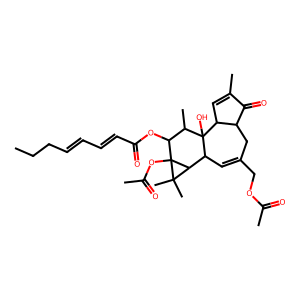
SMILES: CCCC=CC=CC(=O)OC1C(C)C2(O)C3C=C(C)C(=O)C3CC(COC(C)=O)=CC2C2C(C)(C)C12OC(C)=O
Inhibits HIV replication: No